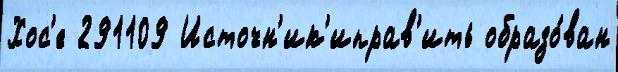
Хос'е 291109 Источн'ик'иправ'ить образо́ван